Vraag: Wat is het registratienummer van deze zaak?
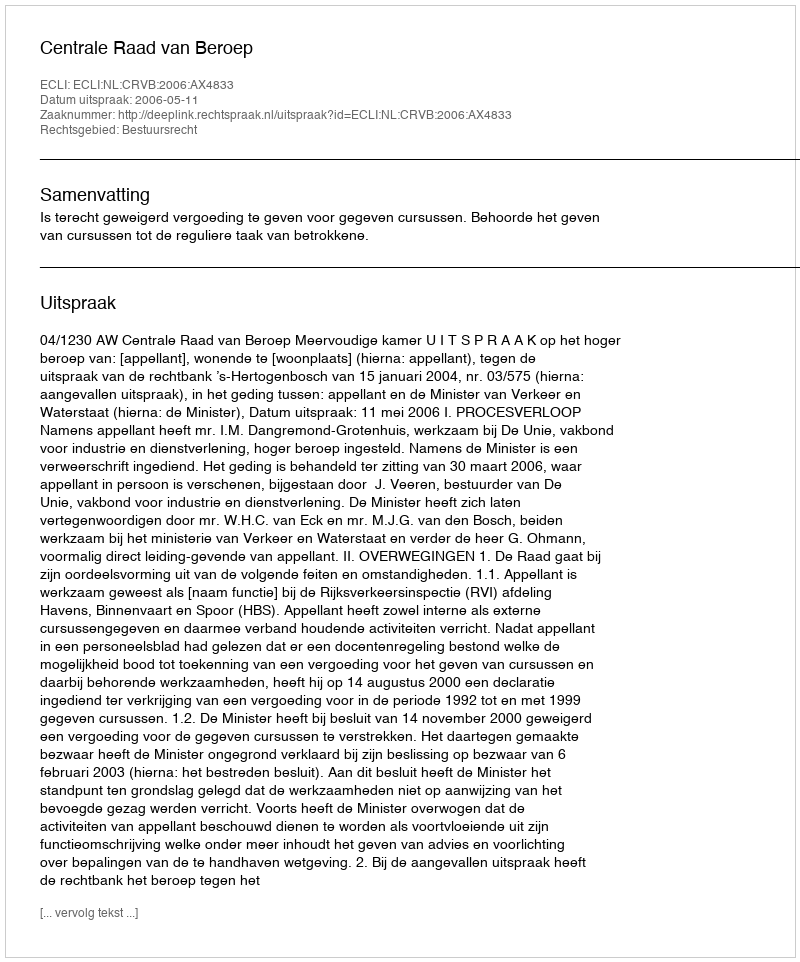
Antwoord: http://deeplink.rechtspraak.nl/uitspraak?id=ECLI:NL:CRVB:2006:AX4833